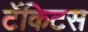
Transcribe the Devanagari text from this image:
टॅकिटस